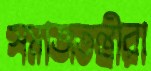
সমাজতন্ত্রীরা